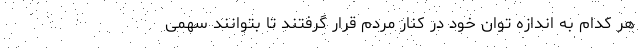
هر کدام به اندازه توان خود در کنار مردم قرار گرفتند تا بتوانند سهمی